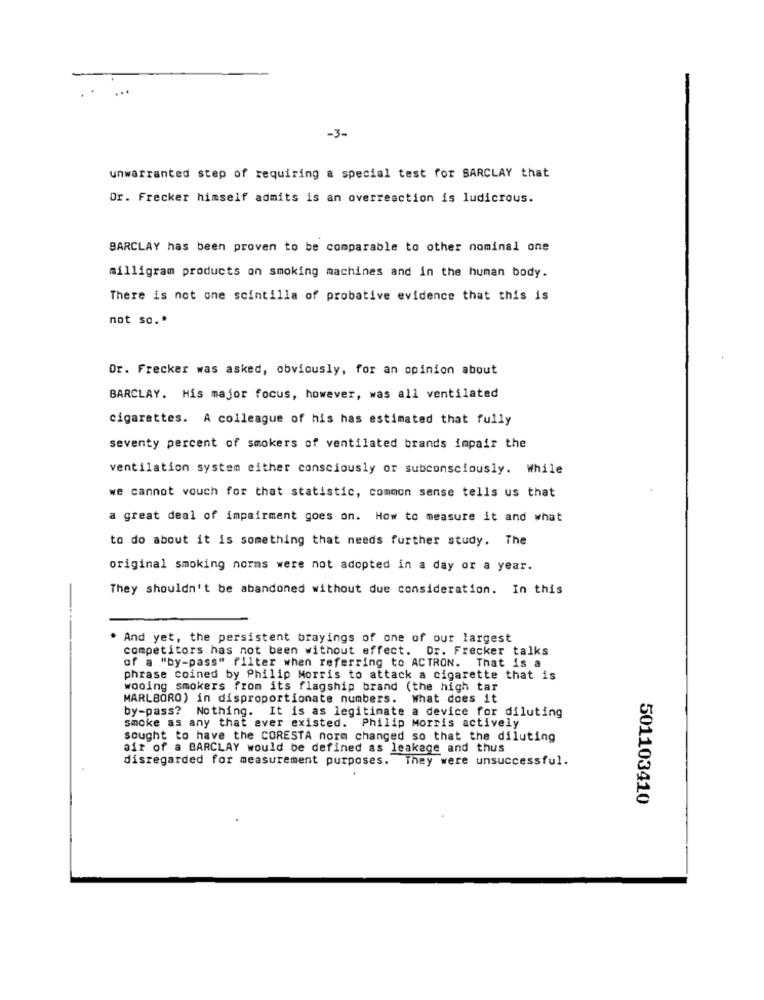
...
-3-
unwarranted step of requiring a special test for BARCLAY that
Dr. Frecker himself admits is an overreaction is ludicrous.
BARCLAY has been proven to be comparable to other nominal one
milligram products on smoking machines and in the human body.
There is not one scintilla of probative evidence that this is
not so .*
Dr. Frecker was asked, obviously, for an opinion about
BARCLAY. His major focus, however, was all ventilated
cigarettes. A colleague of his has estimated that fully
seventy percent of smokers of ventilated brands impair the
ventilation system either consciously or subconsciously. While
we cannot vouch for that statistic, common sense tells us that
a great deal of impairment goes on. How to measure it and what
to do about it is something that needs further study. The
original smoking norms were not adopted in a day or a year.
They shouldn't be abandoned without due consideration. In this
. And yet, the persistent brayings of one of our largest
competitors has not been without effect. Dr. Frecker talks
of a "by-pass" filter when referring to ACTRON. That is a
phrase coined by Philip Morris to attack a cigarette that is
wooing smokers from its flagship brand (the high tar
MARLBORO) in disproportionate numbers. What does it
by-pass? Nothing. It is as legitimate a device for diluting
smoke as any that ever existed. Philip Morris actively
sought to have the CORESTA norm changed so that the diluting
air of a BARCLAY would be defined as leakage and thus
disregarded for measurement purposes. They were unsuccessful.
501103410